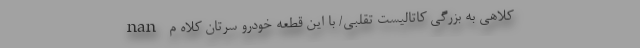
nan کلاهی به بزرگی کاتالیست تقلبی/ با این قطعه خودرو سرتان کلاه م